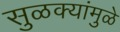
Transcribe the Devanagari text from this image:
सुळक्यांमुळे